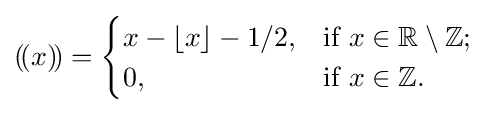
(\!(x)\!)={\begin{cases}x-\lfloor x\rfloor -1/2,&{\mbox{if }}x\in \mathbb {R} \setminus \mathbb {Z} ;\\0,&{\mbox{if }}x\in \mathbb {Z} .\end{cases}}